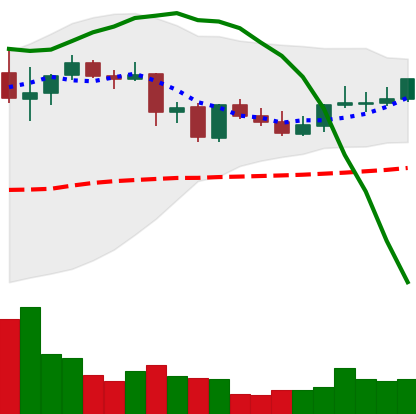
Ticker: DOGE-USD
Chart end date: 2021-09-05
Forward return: -23.701%
Label: down_7plus